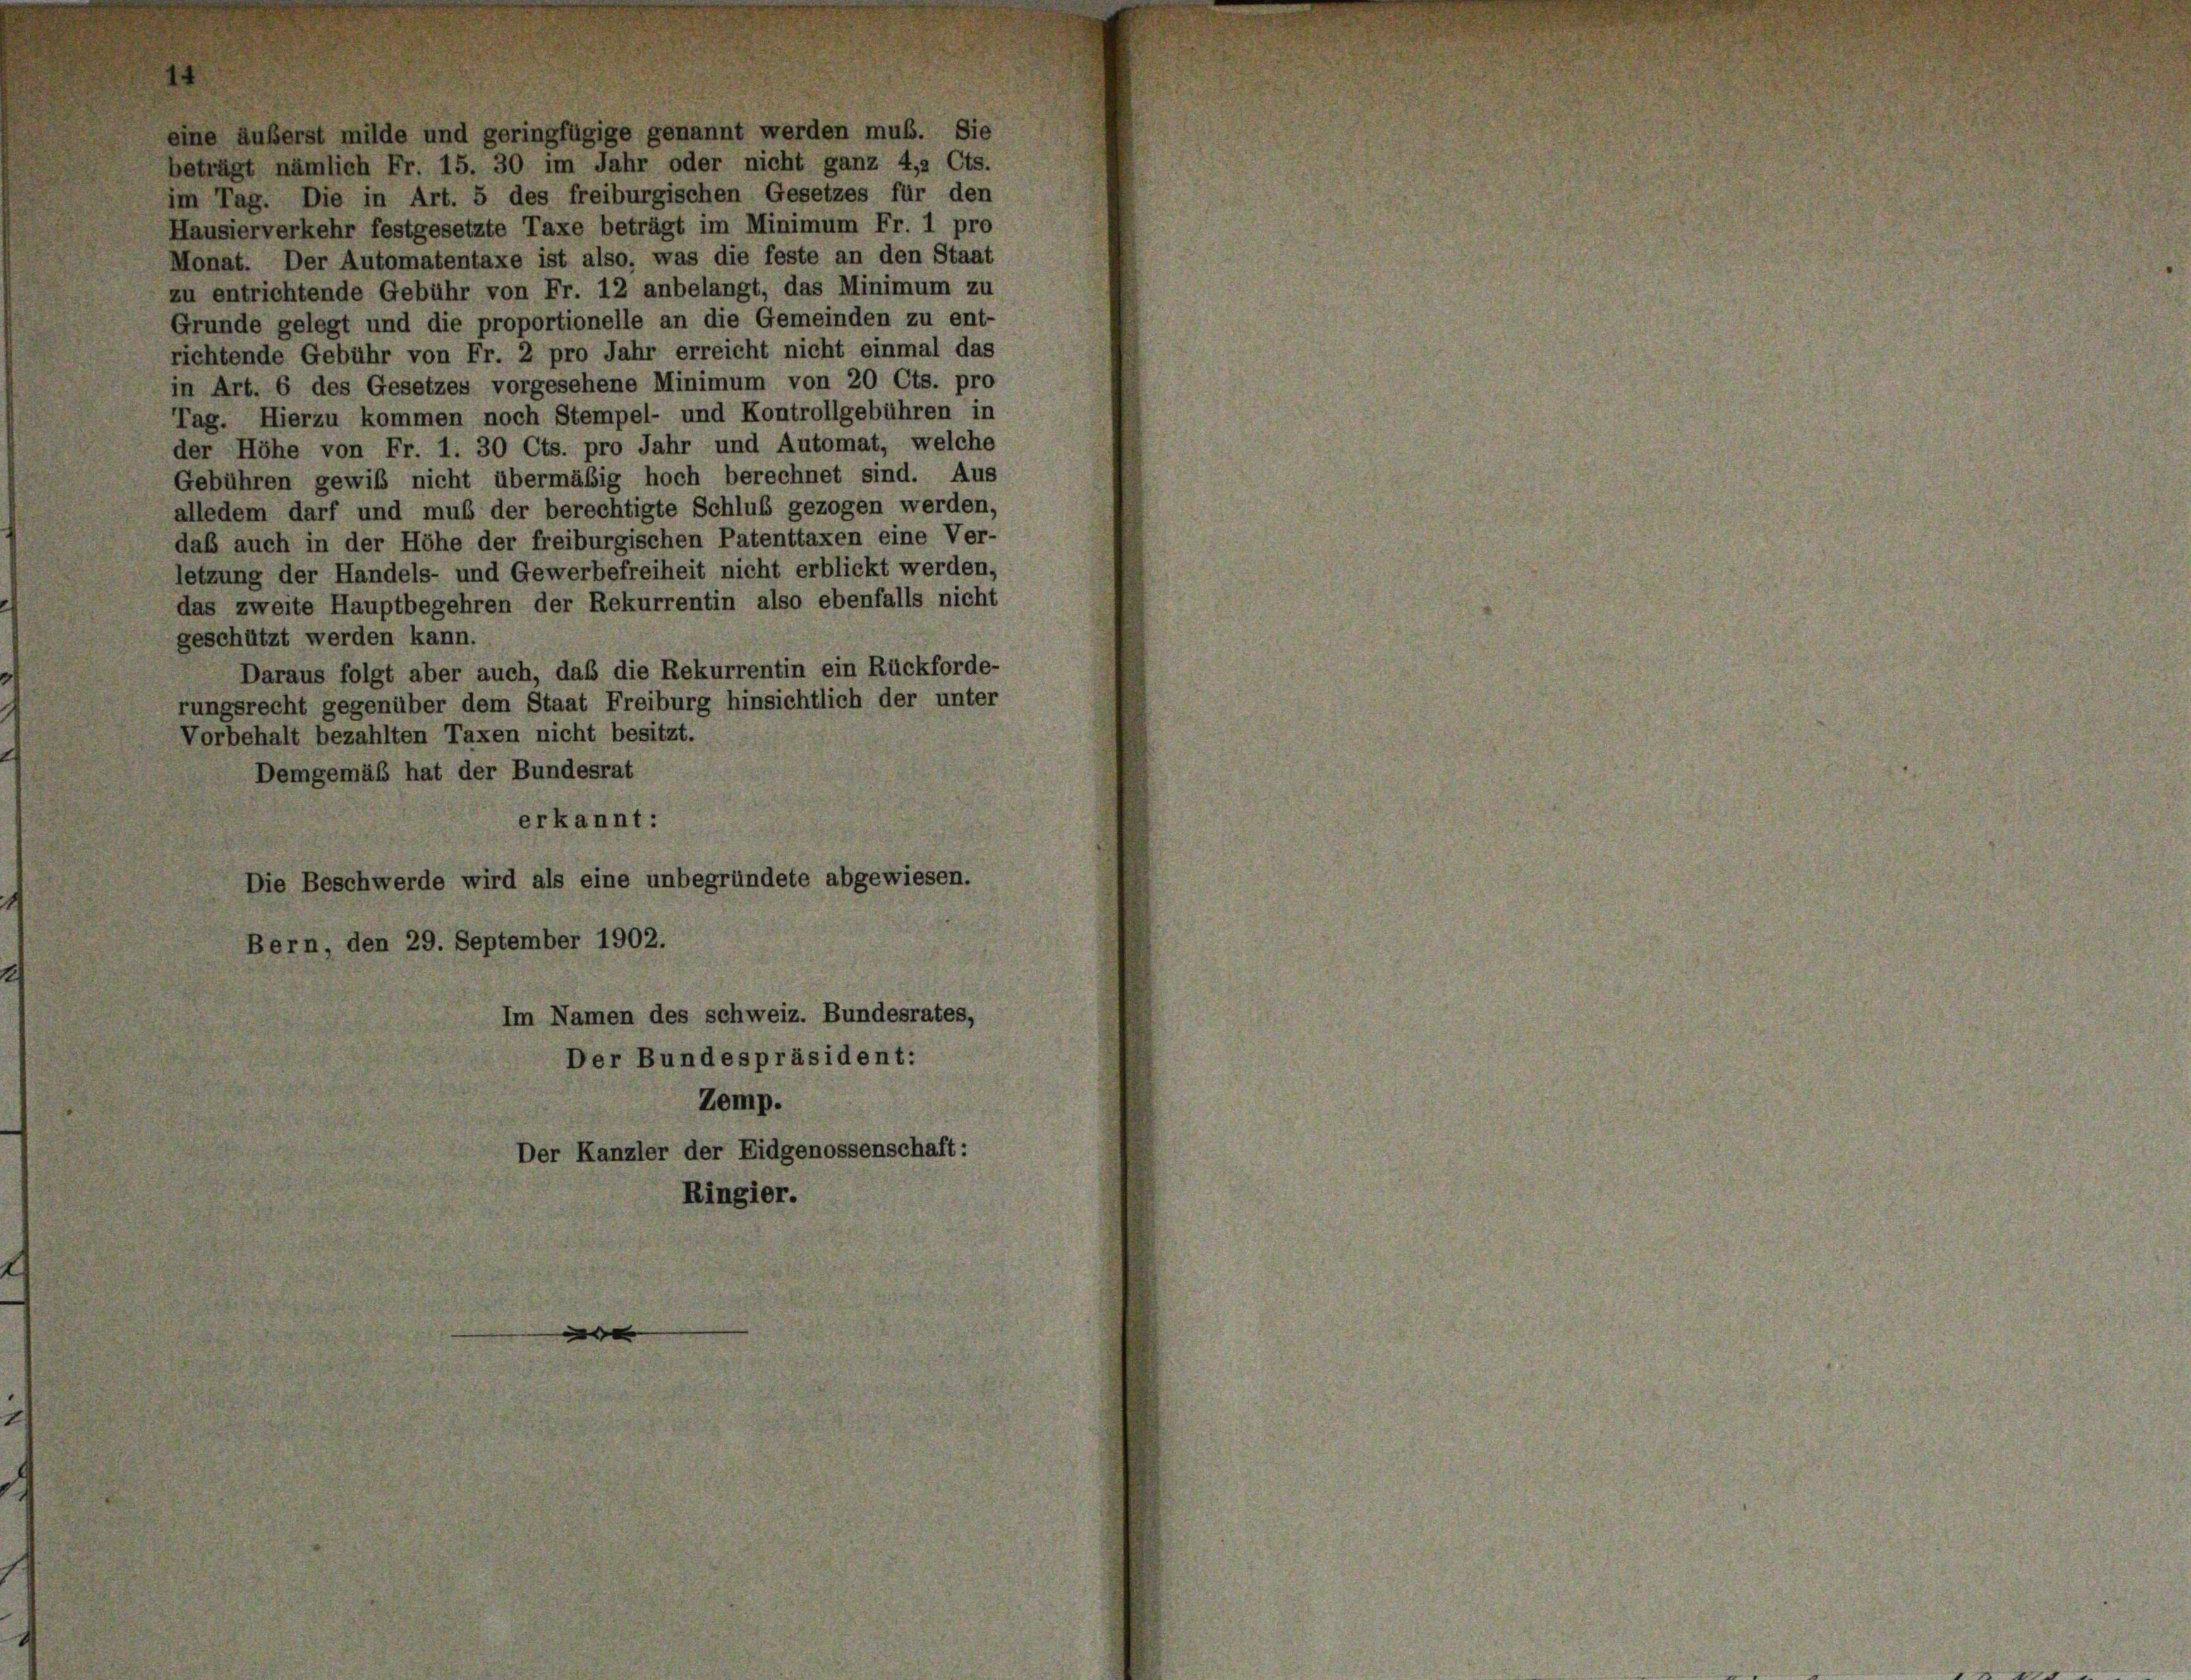
eine äußerst milde und geringfügige genannt werden muß. Sie
beträgt nämlich Fr. 15. 30 im Jahr oder nicht ganz 4,2 Cts.
im Tag. Die in Art. 5 des freiburgischen Gesetzes für den
Hausierverkehr festgesetzte Taxe beträgt im Minimum Fr. 1 pro
Monat. Der Automatentaxe ist also, was die feste an den Staat
zu entrichtende Gebühr von Fr. 12 anbelangt, das Minimum zu
Grunde gelegt und die proportionelle an die Gemeinden zu ent-
richtende Gebühr von Fr. 2 pro Jahr erreicht nicht einmal das
in Art. 6 des Gesetzes vorgesehene Minimum von 20 Cts. pro
Tag. Hierzu kommen noch Stempel- und Kontrollgebühren in
der Höhe von Fr. 1. 30 Cts. pro Jahr und Automat, welche
Gebühren gewiß nicht übermäßig hoch berechnet sind. Aus
alledem darf und mus der berechtigte Schluß gezogen werden,
daß auch in der Höhe der freiburgischen Patenttaxen eine Ver-
letzung der Handels- und Gewerbefreiheit nicht erblickt werden,
das zweite Hauptbegehren der Rekurrentin also ebenfalls nicht
geschützt werden kann.
Daraus folgt aber auch, daß die Rekurrentin ein Rückforde-
rungsrecht gegenüber dem Staat Freiburg hinsichtlich der unter
Vorbehalt bezahlten Taxen nicht besitzt.
Demgemäß hat der Bundesrat
erkannt:
Die Beschwerde wird als eine unbegründete abgewiesen.
Bern, den 29. September 1902.
Im Namen des schweiz. Bundesrates,
Der Bundespräsident:
Zemp.
Der Kanzler der Eidgenossenschaft:
Ringier.

e